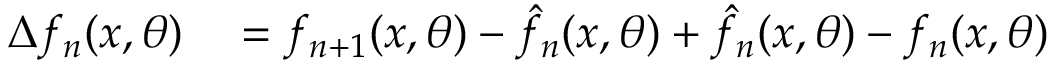
\begin{array} { r l } { \Delta f _ { n } ( x , \theta ) } & { { } { } = { } f _ { n + 1 } ( x , \theta ) - \hat { f } _ { n } ( x , \theta ) { } + { } \hat { f } _ { n } ( x , \theta ) - f _ { n } ( x , \theta ) } \end{array}